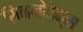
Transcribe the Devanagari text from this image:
सिन्नोवेक्स